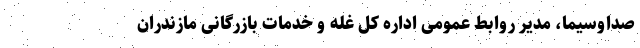
صداوسیما، مدیر روابط عمومی اداره کل غله و خدمات بازرگانی مازندران